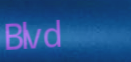
Blvd